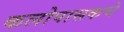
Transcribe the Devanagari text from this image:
कलोपासकचे